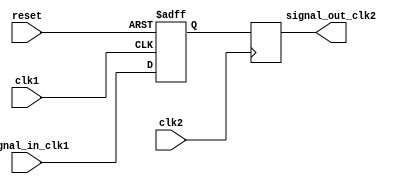
module timing_control_and_sync (
    input wire clk1,
    input wire clk2,
    input wire reset,
    
    input wire [7:0] signal_in_clk1,
    
    output reg [7:0] signal_out_clk2
);

reg [7:0] signal_sync;

always @(posedge clk1 or negedge reset) begin
    if (!reset) begin
        signal_sync <= 8'b0;
    end else begin
        signal_sync <= signal_in_clk1;
    end
end

always @(posedge clk2) begin
    signal_out_clk2 <= signal_sync;
end

endmodule